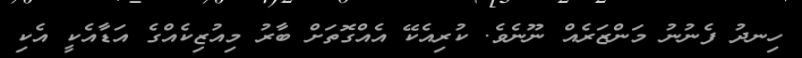
ހިނދު ފެނުނު މަންޒަރެއް ނޫނެވެ. ކުރިއެކޭ އެއްގޮތަށް ބާރު މިއުޒިކެއްގެ އަޑާއެކީ އެކި